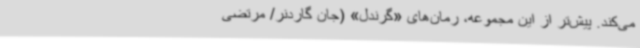
می‌کند. پیش‌تر از این مجموعه، رمان‌های «گرندل» (جان گاردنر/ مرتضی